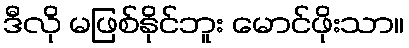
ဒီလို မဖြစ်နိုင်ဘူး မောင်ဖိုးသာ။